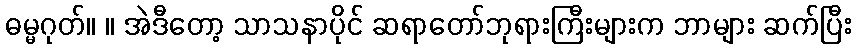
ဓမ္မဂုတ်။ ။ အဲဒီတော့ သာသနာပိုင် ဆရာတော်ဘုရားကြီးများက ဘာများ ဆက်ပြီး